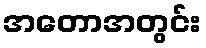
အတောအတွင်း